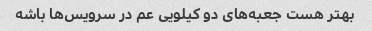
بهتر هست جعبه‌های دو کیلویی عم در سرویس‌ها باشه